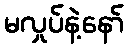
မလှုပ်နဲ့နော်